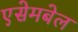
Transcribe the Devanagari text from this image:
एसेमबेल